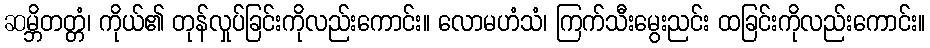
ဆမ္ဘိတတ္တံ၊ ကိုယ်၏ တုန်လှုပ်ခြင်းကိုလည်းကောင်း။ လောမဟံသံ၊ ကြက်သီးမွေးညင်း ထခြင်းကိုလည်းကောင်း။